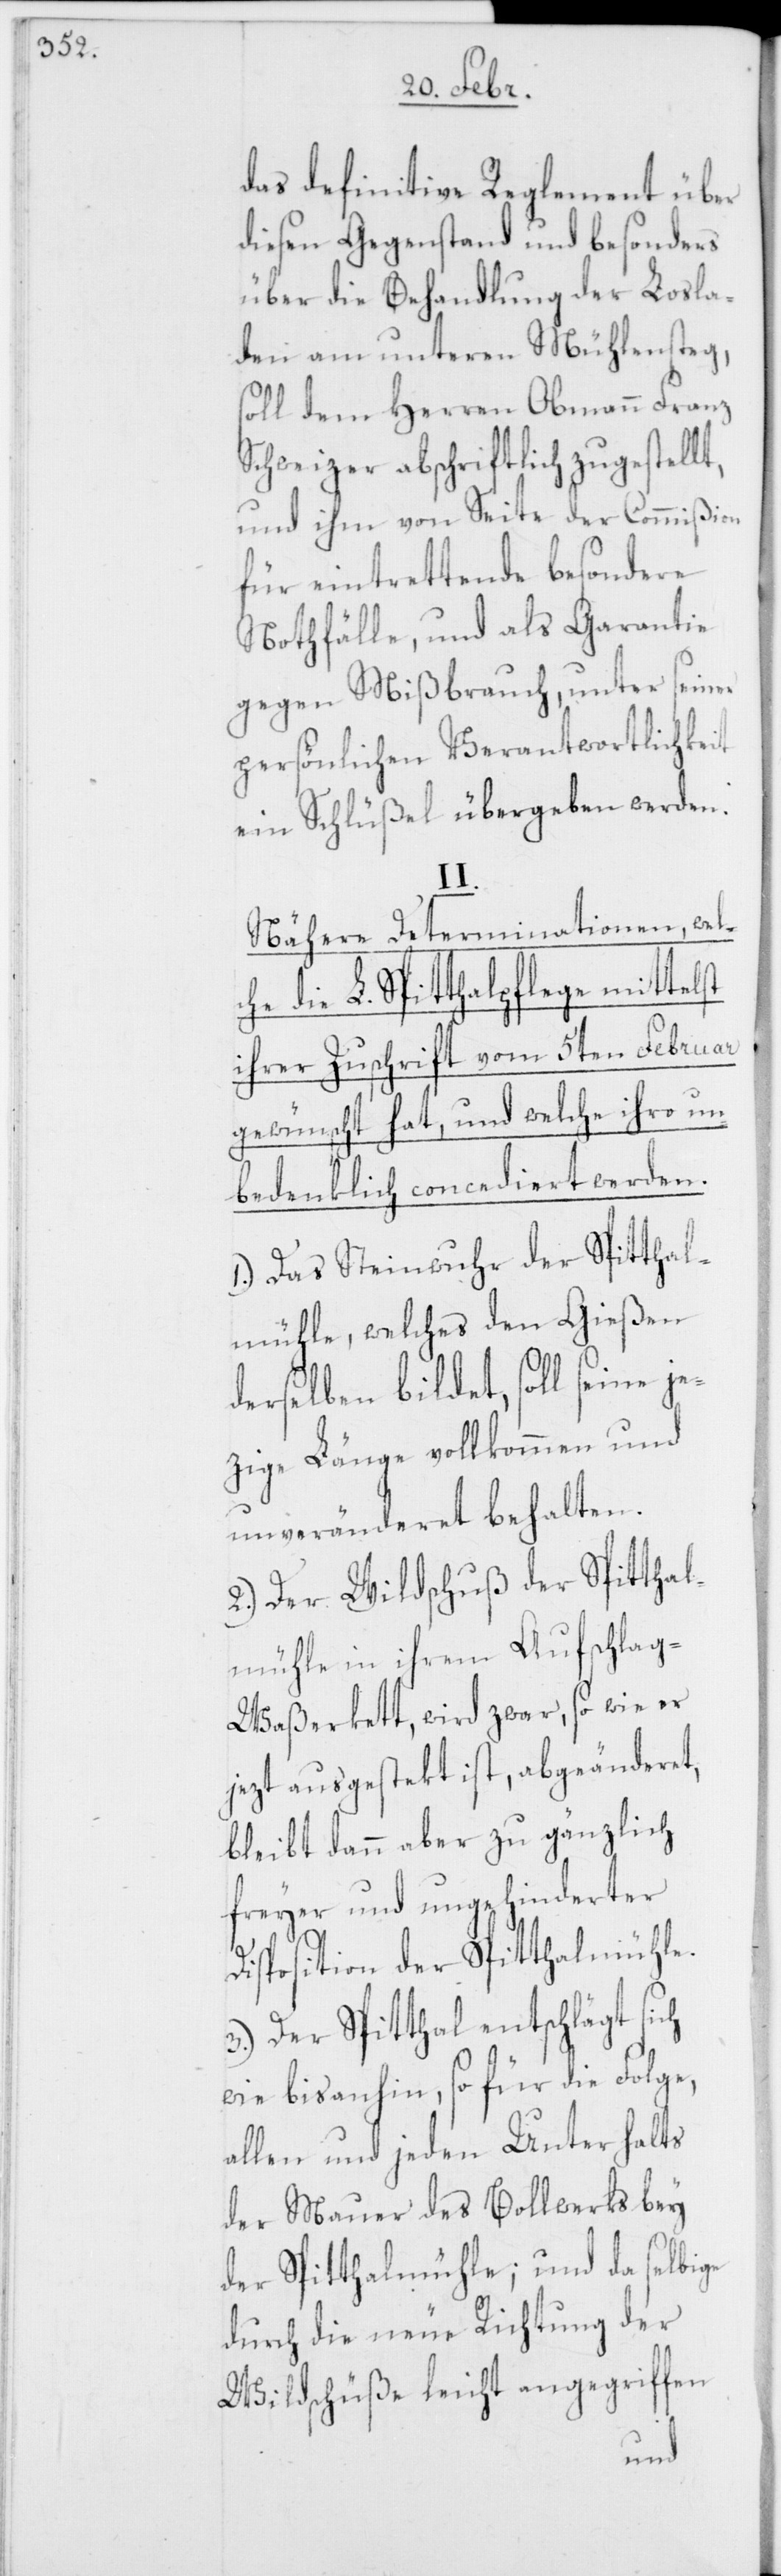
das definitive Reglement über
diesen Gegenstand und besonders
über die Behandlung der Losla¬
den am unteren Mühlensteg,
soll dem Herren Obmann Franz
Schweizer abschriftlich zugestellt,
und ihm von Seite der Commißion
für eintrettende besondere
Nothfälle, und als Garantie
gegen Mißbrauch, unter seiner
persönlichen Verantwortlichkeit
ein Schlüßel übergeben werden.
II.
Nähere Determinationen, welc¬
he die L. Spitthalpflege mittelst
ihrer Zuschrift vom 5ten Februar
gewünscht hat, und welche ihro un¬
bedenklich concediert werden.
1.) Das Steinwuhr der Spitthal¬
mühle, welches den Gießen
derselben bildet, soll seine je¬
zige Länge vollkommen und
unveränderet behalten.
2.) Der Wildschuß der Spitthal¬
mühle in ihrem Aufschla¬
g-Waßerkett, wird zwar, so wie er
jezt ausgestekt ist, abgeänderet,
bleibt dann aber zu gänzlich
freyer und ungehinderter
Disposition der Spitthalmühle.
3.) Der Spitthal entschlägt sich
wie bisanhin, so für die Folge,
allen und jeden Unterhalts
der Mauer des Bollwerks bey
der Spitthalmühle; und da selbige
durch die neue Richtung der
Wildschüße leicht angegriffen